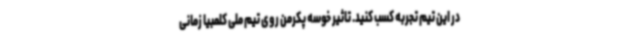
در این تیم تجربه کسب کنید. تاثیر خوسه پکرمن روی تیم ملی کلمبیا زمانی